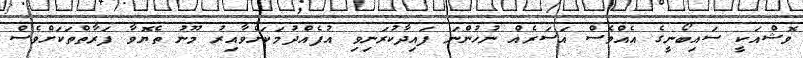
ވޮޝްއަކީ ސައިބޯނީގެ އެއްވެސް އަސަރެއް ނުހުންނަ ފައިދާކުރަނިވި އުފެއްދުމަކަށްވާއިރު މޫނު ތެޔޮވާ ފަރާތްތަކަށްވެސް